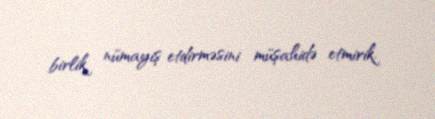
birlik nümayiş etdirməsini müşahidə etmirik.